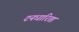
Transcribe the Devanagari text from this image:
टनधारिता